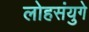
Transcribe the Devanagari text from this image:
लोहसंयुगे